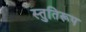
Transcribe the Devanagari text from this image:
स्तुतिरूप